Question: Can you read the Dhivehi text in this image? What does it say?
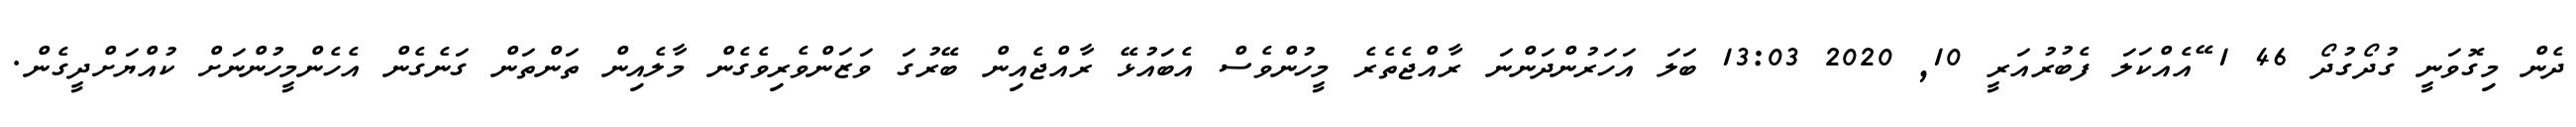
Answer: ދެން މިގޮވަނީ ގުދޯގުދޯ 46 1 ޭއެއްކަލަ ފެބުރުއަރީ 10, 2020 13:03 ބަލަ އަހަރުންދަންނަ ރާއްޖެތެރެ މީހުންވެސް އެބައުޅޭ ރާއްޖެއިން ބޭރުގަ ވަޒަންވެރިވެގެން މާލެއިން ތަންތަން ގަނެގެން އެހެންމީހުންނަށް ކުއްޔަށްދީގެން.